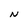
Character: N